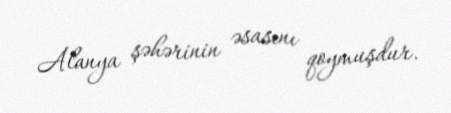
Alanya şəhərinin əsasını qoymuşdur.